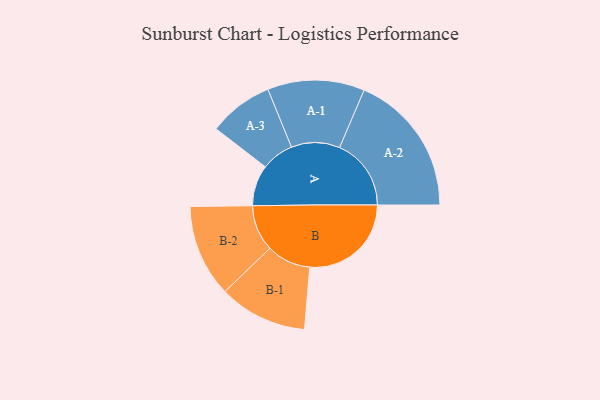
{"axis": {"x": "Segment", "y": "Value"}, "legend": ["", "A", "B"], "data": [{"x": "A", "y": 163, "type": ""}, {"x": "B", "y": 404, "type": ""}, {"x": "A-1", "y": 193, "type": "A"}, {"x": "A-2", "y": 285, "type": "A"}, {"x": "A-3", "y": 129, "type": "A"}, {"x": "B-1", "y": 176, "type": "B"}, {"x": "B-2", "y": 184, "type": "B"}]}